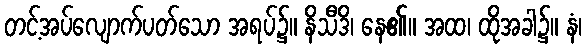
တင့်အပ်လျောက်ပတ်သော အရပ်၌။ နိသီဒိ၊ နေ၏။ အထ၊ ထိုအခါ၌။ နံ၊